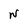
Character: N